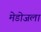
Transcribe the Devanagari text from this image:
मेडोजला